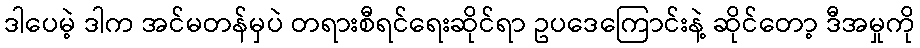
ဒါပေမဲ့ ဒါက အင်မတန်မှပဲ တရားစီရင်ရေးဆိုင်ရာ ဥပဒေကြောင်းနဲ့ ဆိုင်တော့ ဒီအမှုကို